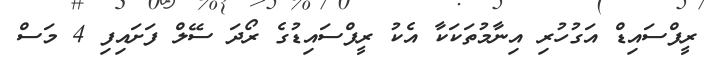
ރީފްސައިޑް އަގުހުރި އިނާމުތަކަކާ އެކު ރީފްސައިޑުގެ ރޯދަ ސޭލް ފަށައިފި 4 މަސް